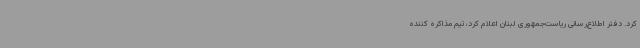
کرد. دفتر اطلاع‌رسانی ریاست‌جمهوری لبنان اعلام کرد، تیم مذاکره کننده